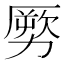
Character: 𠢤